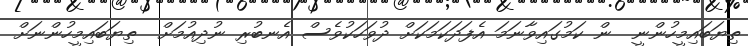
ތިޔަބައިމީހުންނީ  ން ކަމުގައިވާނަމަ އެފަދަކަމަކަށް ދުވަަހަކުވެސް އެނބުރި ނުދިއުމަށް  ތިޔަބައިމީހުންނަށް